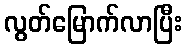
လွတ်မြောက်လာပြီး